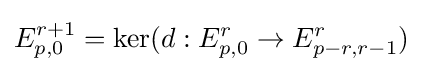
E_{p,0}^{r+1}=\operatorname {ker} (d:E_{p,0}^{r}\to E_{p-r,r-1}^{r})